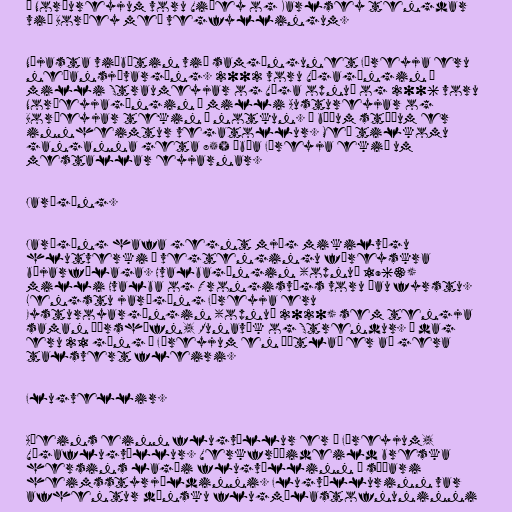
Á Norðureyjum voru Viðey og Karlsey tengdar
við Borðey með vegfyllingum.

Nýjasta viðbótin við samgöngunet Færeyja eru
neðansjávargöng. 2002 voru Vágagöngin á
milli Straumeyjar og Vága opnuð og 2006 voru
Norðeyjagöngin á milli Austureyjar og
Borðeyjar tekin í notkun. Á báðum stöðum er
innheimtur vegatollur. Með tilkomu
ganganna geta 85% íbúa Færeyja ekið um
mestallar eyjarnar.

Jarðgöng.

Jarðgöng hafa gegnt mjög mikilvægu
hlutverki í vegtengingu færeyskra
bæjarfélaga. Hvalbagöngin (opnuð 1963)
milli Hvalba og Trongisvágs voru þau fyrstu.
Lengstu jarðgöng Færeyja eru
Eysturoyargöngin (opnuð 2020) sem tengja
saman Þórshöfn, Runavík og Strendur. Í dag
eru 21 göng í Færeyjum en áætlað er að gera
talsvert fleiri.

Flugvellir.

Aðeins einn flugvöllur er í Færeyjum,
Vágaflugvöllur. Verkfræðideild breska
hersins lagði flugvöllinn í síðari
heimsstyrjöldinni. Flugvöllurinn var
afhentur dönsku flugmálastofnuninni